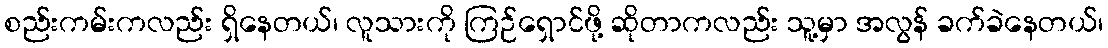
စည်းကမ်းကလည်း ရှိနေတယ်၊ လူသားကို ကြဉ်ရှောင်ဖို့ ဆိုတာကလည်း သူ့မှာ အလွန် ခက်ခဲနေတယ်၊